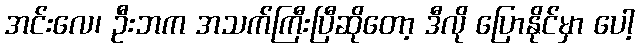
အင်းလေ၊ ဦးဘက အသက်ကြီးပြီဆိုတော့ ဒီလို ပြောနိုင်မှာ ပေါ့